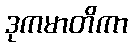
ဒုကမာတိကာ